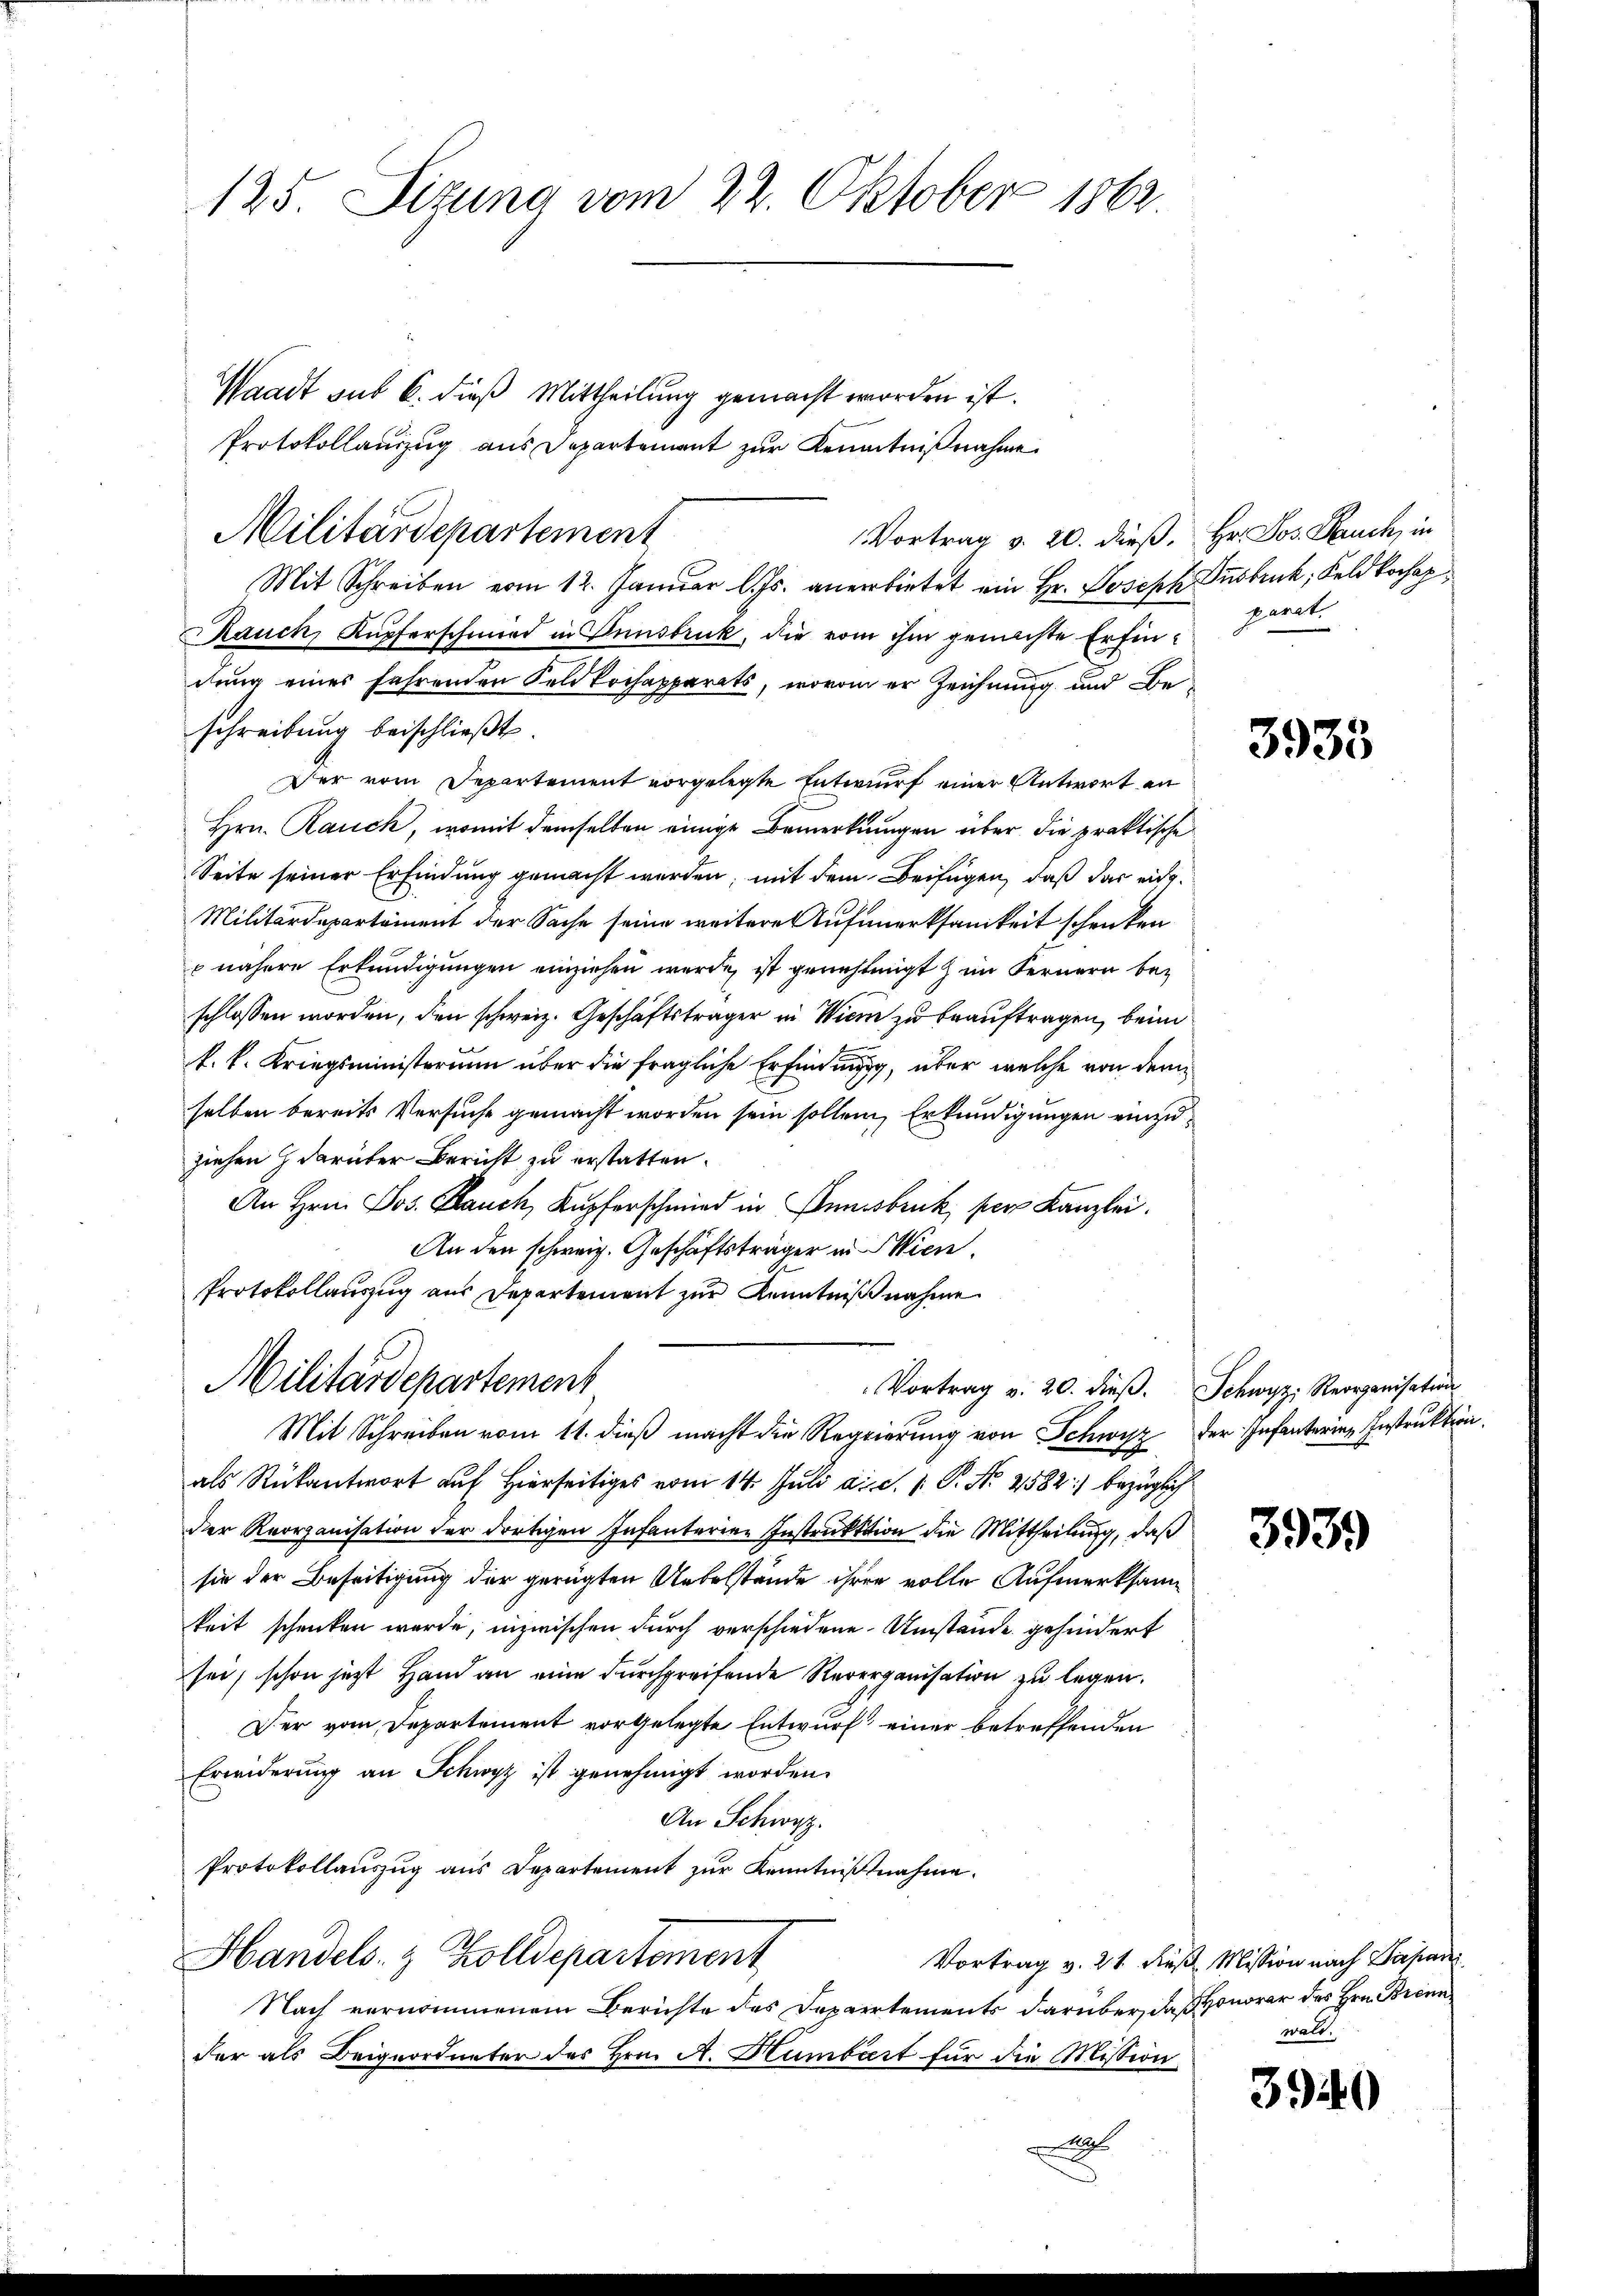
125. Sizung vom 22. Oktober 1862

Waadt sub 6. dieß Mittheilung gemacht worden ist.
Protokollauszug aus Departement zur Kenntnißnahme.
Vortrag v. 20. dieß.
Mit Schreiben vom 12. Januar l. Js. anerbietet ein Hr. Joseph Insbruck, Feld kochap
Rauch, Kupferschmied in Innsbruck, die vom ihm gemachte Erfindung eines fahrenden Feldkochapparats, wovon er Zeichnung und Beschreibung beischließt:
Der vom Departement vorgelegte Entwurf einer Antwort an
Hrn. Rauch, womit demselben einige Bemerkungen über die praktische
Seite seiner Erfindung gemacht werden, mit dem Beifügen, daß das eid¬
Militärdepartement der Sache seine weitere Aufmerksamkeit schenken
 nähere Erkundigungen einziehen wurde, ist genehmigt zum Fernern beschlossen worden, den schweiz. Geschäftsträger in Wien zu beauftragen, beim
k. k. Kriegsministerium über die fragliche Erfindung, über welche von dem
selben bereits Versuche gemacht worden sein sollen, Erkundigungen einzuziehen darüber Bericht zu erstatten.
An Hrn. Jos. Rauch, Kupferschmied in Innsbruck, per Kanzlei.
An den schweiz. Geschäftsträger in Wien.
Protokollauszug aus Departement zur Kenntnißnahme
Militärdepartement
Vortrag v. 20. dieβ. Schwyz: Reorganisation
Mit Schreiben vom 11. dieβ macht die Regierung von Schwisz der Infanterien Instruktion
als Rückantwort auf Hierseitiges vom 14. Juli d. d. 1. P. Nr. 2582) bezüglich
der Reorganisation der dortigen Infanterien Instruktion die Mittheilung, daß
sie der Beseitigung der gerügten Uebelstände ihrer volle Aufmerksam
keit schenken wurde, inzwischen durch verschiedene Umstände gehindert
sei, schon jetzt Hand an eine durchgreifende Reverganisation zu legen.
Der vom Departement vorgelegte Entwurf einer betreffenden
Erwiderung an Schwyz ist genehmigt worden.
An Schwyz.
Protokollauszug aus Departement zŭr Kenntniβnahme.
Handels- & Zolldepartement
Nach vernommenem Berichte des Departements darüber, daß Honorar des Hrn. Brennder als Beigeordneter des Hrn. A. Humbiert für die Mission
e

Militärdepartement

Hr. Jos. Bauch, in
parat.

3933

3939

Vortrag v. 21. Fuß, Mission nach Papan
wald

3949